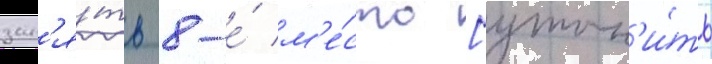
зан'я́ть 8-е́ м'е́сто [уточн'и́ть